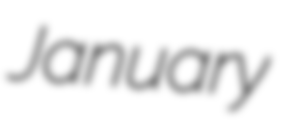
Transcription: January